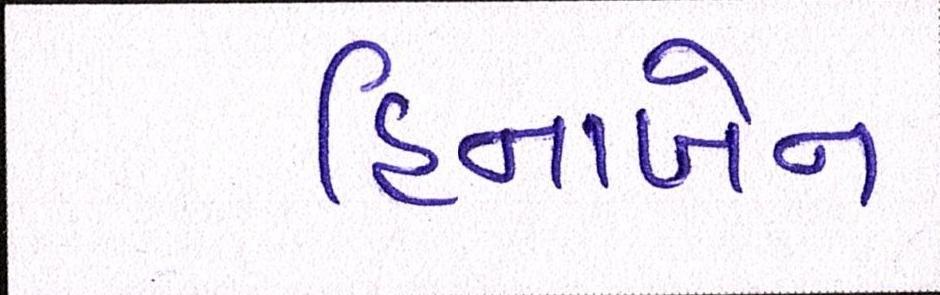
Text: હિનાબેન